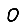
Digit: 0